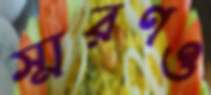
স্মরণও